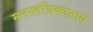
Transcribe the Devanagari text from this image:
मनस्तंत्रिकाताप